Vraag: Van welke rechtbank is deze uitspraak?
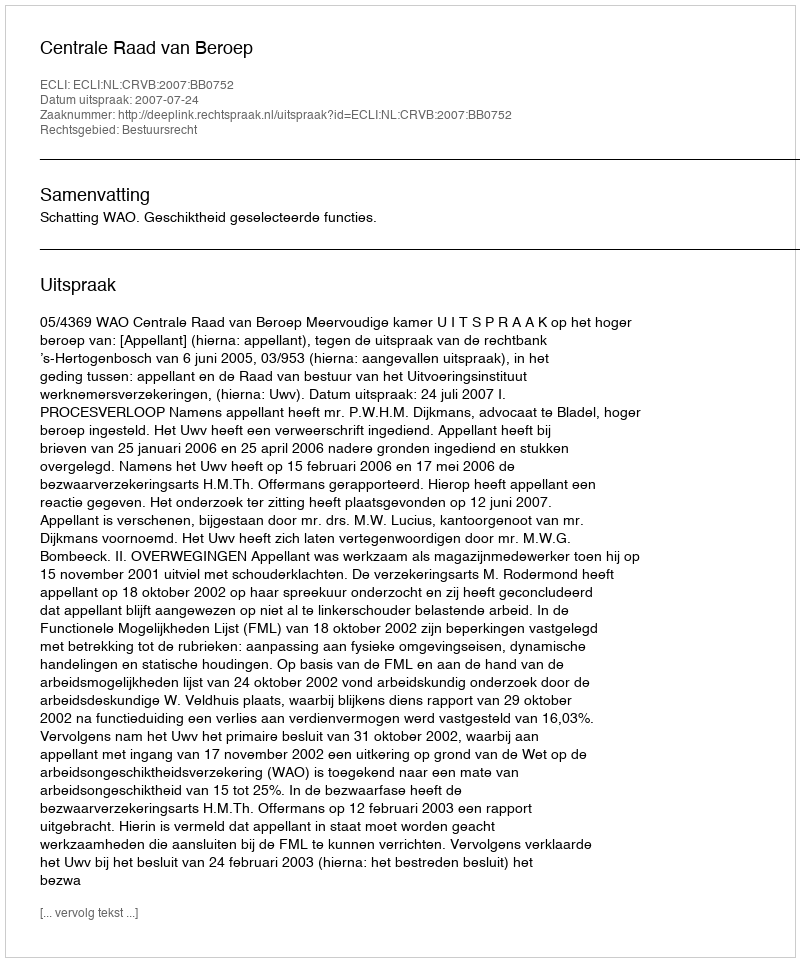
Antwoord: Centrale Raad van Beroep